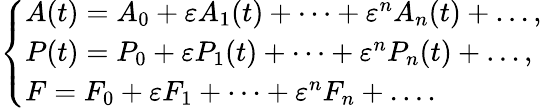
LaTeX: \begin{array}{r}{\left\{ \begin{array}{ll}{A(t)=A_{0}+\varepsilon A_{1}(t)+\dots+\varepsilon^{n}A_{n}(t)+\dots,}\\ {P(t)=P_{0}+\varepsilon P_{1}(t)+\dots+\varepsilon^{n}P_{n}(t)+\dots,}\\ {F=F_{0}+\varepsilon F_{1}+\dots+\varepsilon^{n}F_{n}+\dots.}\end{array}\right.}\end{array}